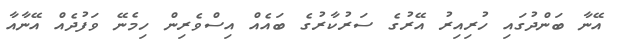
އޭނާ ބަންދުގައި ހުރިއިރު އޭރުގެ ސަރުކާރުގެ ބައެއް އިސްވެރިން ހިމެނޭ ވަފުދެއް އޭނާއާ